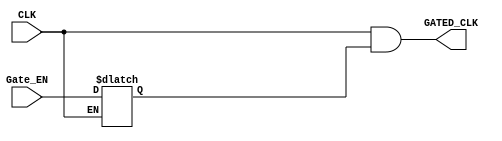

/////////////////////////////////////////////////////////////
/////////////////////// Clock Gating ////////////////////////
/////////////////////////////////////////////////////////////

module Clock_Gating (
    // I/O Ports
    input  wire CLK,
    input  wire Gate_EN,
    output wire GATED_CLK
);


// Internal Signl
reg     Latch_Out ;

// Latch (Level Sensitive Device)
always @(CLK or Gate_EN)
 begin
  // active low
  if(!CLK)      
   begin
    Latch_Out <= Gate_EN ;
   end
 end
 
 
// ANDING
assign  GATED_CLK = CLK && Latch_Out ;

/*



TLATNCAX12M U0_TLATNCAX12M (
.E(CLK_EN),
.CK(CLK),
.ECK(GATED_CLK)
);

*/




endmodule